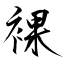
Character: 裸